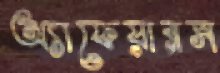
অ্যাফেয়ারস